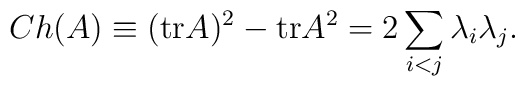
Ch(A) \equiv (\mbox{tr} A)^2 - \mbox{tr} A^2 = 2 \sum_{i<j} \lambda_i \lambda_j.